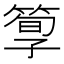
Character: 箰